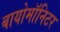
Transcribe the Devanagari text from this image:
बायोमाॅनिटर